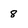
Character: 8